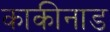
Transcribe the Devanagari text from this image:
काकीनाड